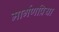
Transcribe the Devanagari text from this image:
मार्गणप्रिया